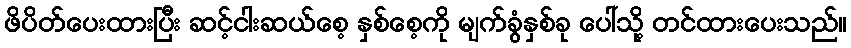
ဖိပိတ်ပေးထားပြီး ဆင့်ငါးဆယ်စေ့ နှစ်စေ့ကို မျက်ခွံနှစ်ခု ပေါ်သို့ တင်ထားပေးသည်။